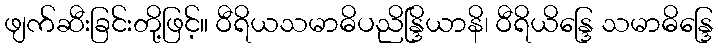
ဖျက်ဆီးခြင်းတို့ဖြင့်။ ဝီရိယသမာဓိပညိန္ဒြိယာနိ၊ ဝီရိယိန္ဒြေ သမာဓိန္ဒြေ